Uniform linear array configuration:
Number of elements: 4
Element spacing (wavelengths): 0.5
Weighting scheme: hamming
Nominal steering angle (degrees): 30
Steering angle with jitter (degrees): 28.456
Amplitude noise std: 0.05
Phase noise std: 0.05

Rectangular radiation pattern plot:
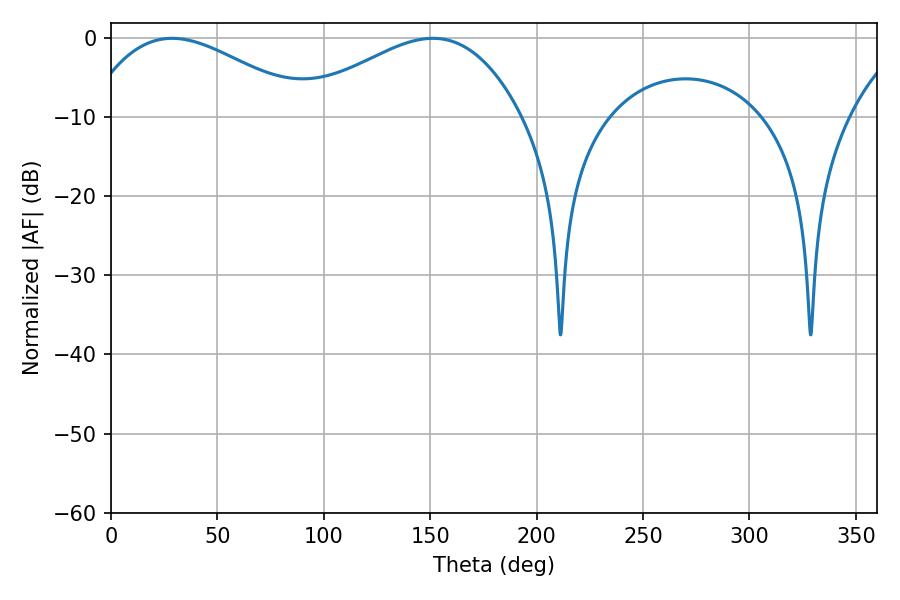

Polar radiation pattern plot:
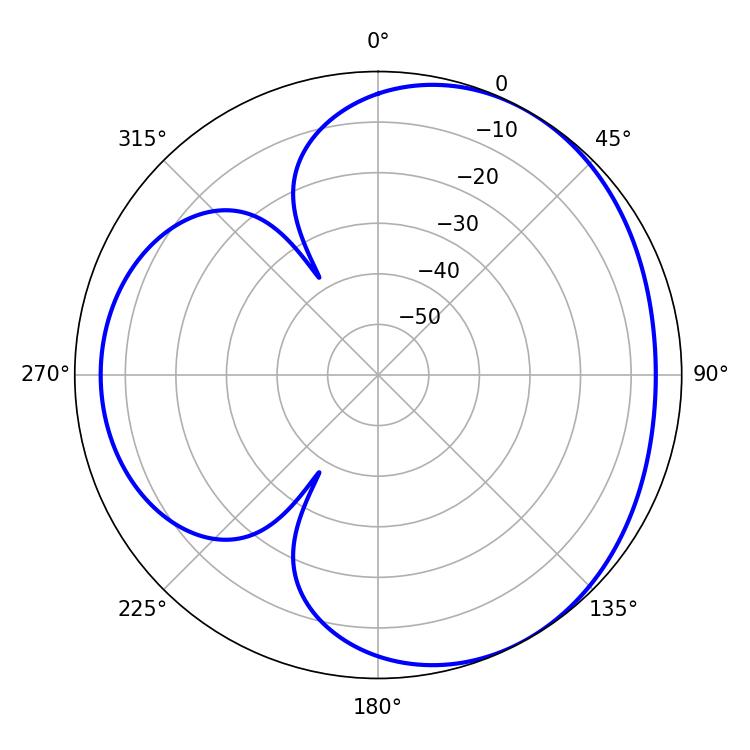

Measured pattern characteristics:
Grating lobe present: FALSE
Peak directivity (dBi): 3.63
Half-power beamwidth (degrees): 57.06
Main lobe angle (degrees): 28.8